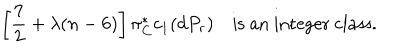
\left[ \frac { 7 } { 2 } + \lambda ( n - 6 ) \right] \pi _ { C } ^ { * } c _ { 1 } ( d P _ { r } ) \quad \textrm { i s a n i n t e g e r c l a s s } .